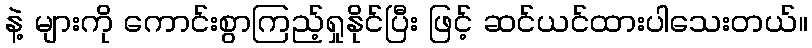
နဲ့ များကို ကောင်းစွာကြည့်ရှုနိုင်ပြီး ဖြင့် ဆင်ယင်ထားပါသေးတယ်။